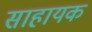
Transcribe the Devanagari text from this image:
साहायक